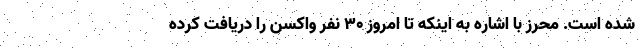
شده است. محرز با اشاره به اینکه تا امروز ۳۰ نفر واکسن را دریافت کرده